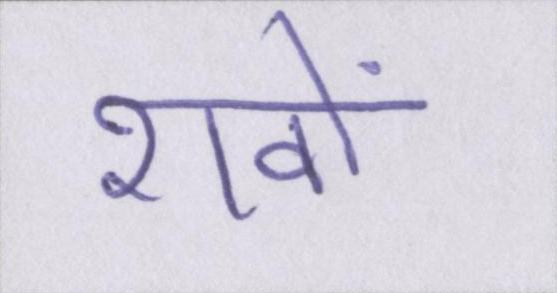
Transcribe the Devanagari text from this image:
शवों